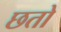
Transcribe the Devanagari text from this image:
छतो